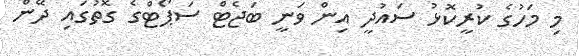
މި މަހުގެ ކުރީކޮޅު ސައުދީ އިން ވަނީ ބަޖެޓް ސަޕޯޓްގެ ގޮތުގައި ދޭން